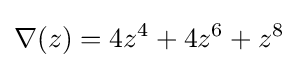
\nabla (z)=4z^{4}+4z^{6}+z^{8}